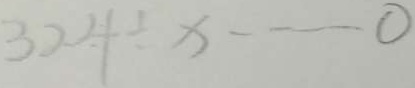
3 2 4 \div x \cdots 0